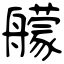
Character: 艨